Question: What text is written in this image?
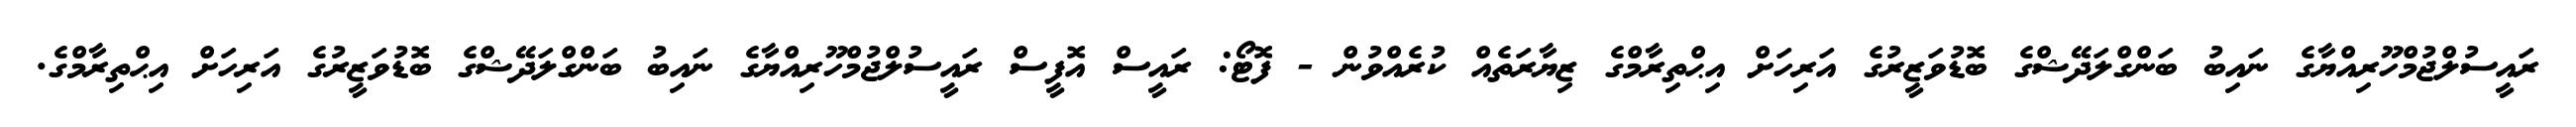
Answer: ރައީސުލްޖުމްހޫރިއްޔާގެ ނައިބު ބަންގްލަދޭޝްގެ ބޮޑުވަޒީރުގެ އަރިހަށް އިޙްތިރާމްގެ ޒިޔާރަތެއް ކުރެއްވުން - ފޮޓޯ: ރައީސް އޮފީސް ރައީސުލްޖުމްހޫރިއްޔާގެ ނައިބު ބަންގްލަދޭޝްގެ ބޮޑުވަޒީރުގެ އަރިހަށް އިޙްތިރާމްގެ.